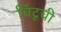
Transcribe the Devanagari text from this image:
चिंटूची